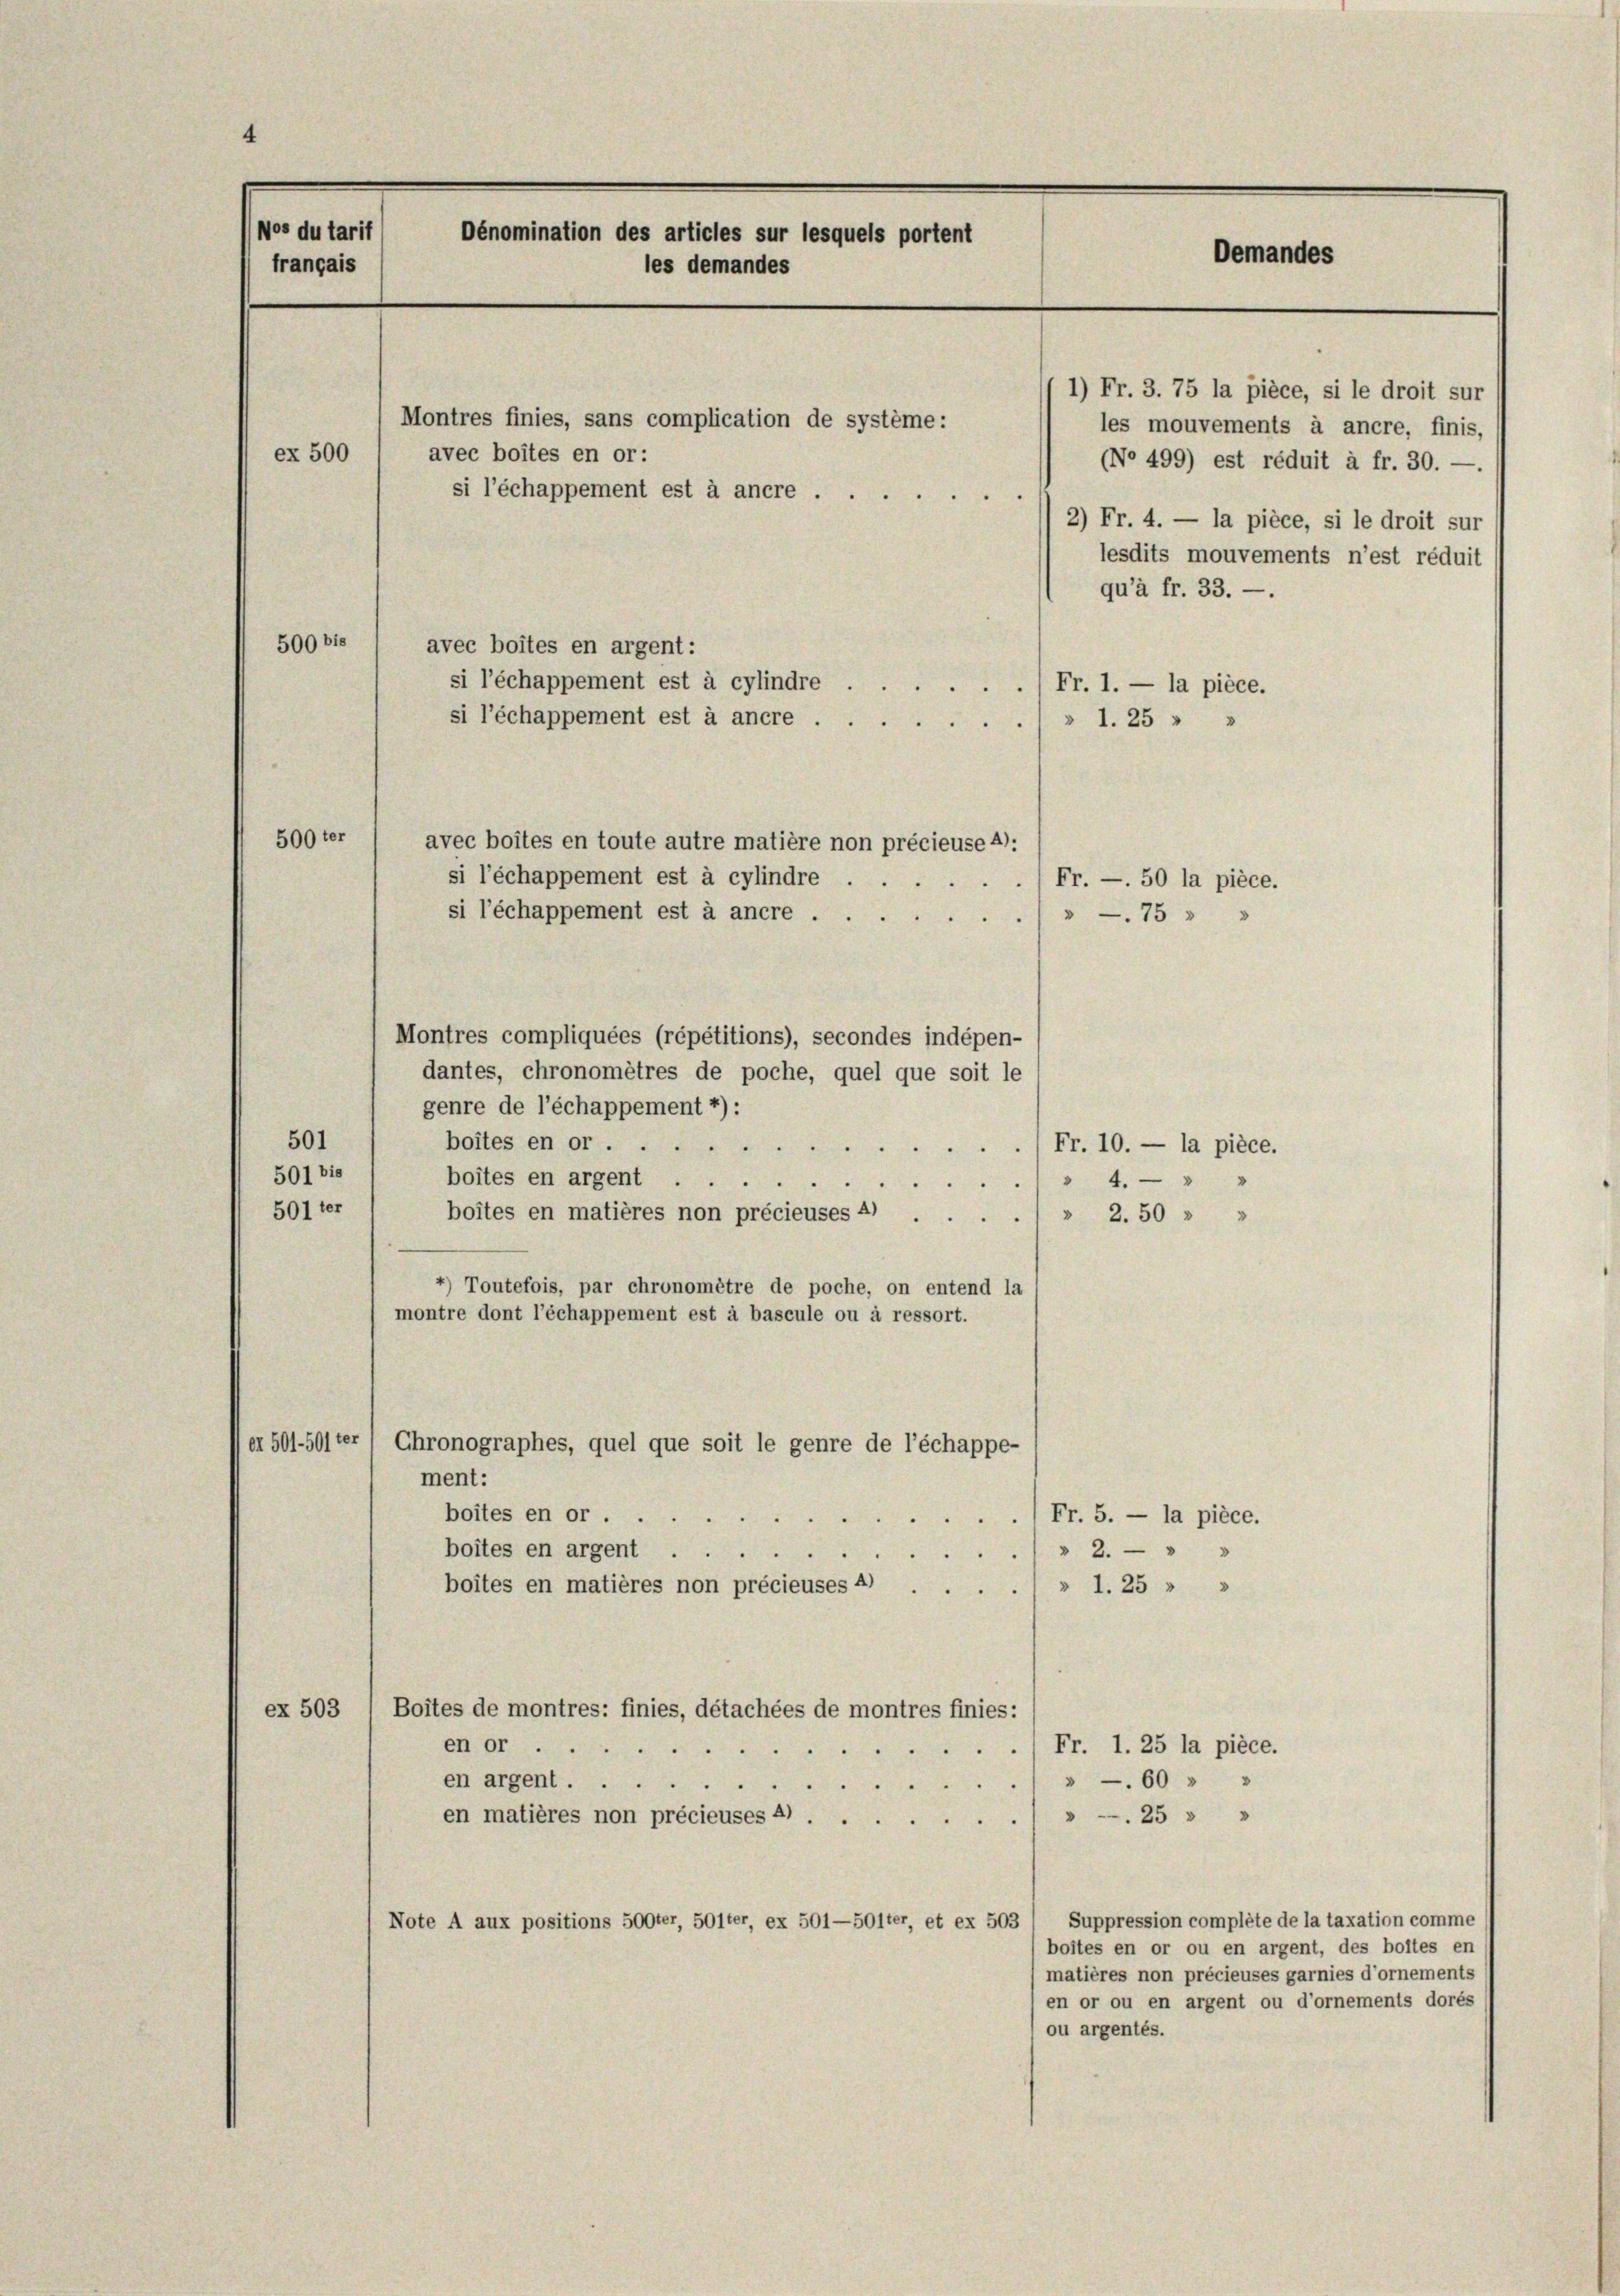
Wos du tarif
Dénomination des articles sur lesquels portent
Demandes
français
les demandes

Montres finies, sans complication de système:
avec boites en or:
ex 500
si l’échappement est à ancre .

500 bis
avec boites en argent:
si l’échappement est à cylindre ...
Fr. 1. — la pièce.
si l’échappement est à ancre » 1. 25 " "
500 ter
avec boites en toute autre matière non précieuse 4):
si l’échappement est à cylindre .
Fr. —. 50 la pièce.
si l’échappement est à ancre ....
—75
Montres compliquées (répétitions), secondes indépen-
dantes, chronomêtres de poche, quel que soit le
genre de l’échappement 4):
501
boites en or/ Fr. 10. — la pièce.
501 bis
boites en argent .
" 4.
501 ter
boites en matières non précieuses 4)
» 2.50 " "
4) Toutefois, par chronomêtre de poche, on entend la
montre dont l’échappement est à bascule ou à ressort.
et 501-501ter , Chronographes, quel que soit le genre de l’échappe-
ment:
boites en or
) Fr. 5. — la pièce.
boites en argent
" 2.
e

boites en matières non précieuses 4)
» 1. 25 " "
ex 503
Boites de montres: finies, détachées de montres finies:
en or .
Fr. 1. 25 la pièce.
60 x
en argent . .
" 25 x
en matières non précieuses 4).
Suppression complete de la taxation comme
Note A aux positions 500ter, 501ter, ex 501—501ter, et ex 503
boites en or ou en argent, des boites en
matières non précieuses garnies d’ornements
en or ou en argent ou d’ornements dorés
ou argentés.

1) Fr. 3. 75 la pièce, si le droit sur
les mouvements à ancre, finis,
(No 499) est réduit à fr. 30. —
2) Fr. 4. — la pièce, si le droit sur
lesdits mouvements n’est réduit
qu’à fr. 33. —.